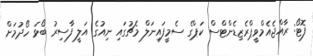
ފޮޓޯ: ރާއްޖެއެމްވީޕްރެޒިޑެންޓްސް ކަޕްގެ ސެމީފައިނަލް މެޗުގައި ނިއުގެ އަލީ ފާސިރު ބޯޅަ ހޯދުމަށް